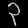
Digit: ၃